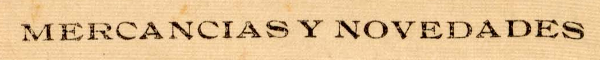
MERCANCIAS Y NOVEDADES